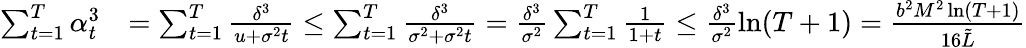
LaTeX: \begin{array}{rl}{\sum_{t=1}^{T}\alpha_{t}^{3}}&{=\sum_{t=1}^{T}\frac{\delta^{3}}{u+\sigma^{2}t}\leq\sum_{t=1}^{T}\frac{\delta^{3}}{\sigma^{2}+\sigma^{2}t}=\frac{\delta^{3}}{\sigma^{2}}\sum_{t=1}^{T}\frac{1}{1+t}\leq\frac{\delta^{3}}{\sigma^{2}}\ln(T+1)=\frac{b^{2}M^{2}\ln(T+1)}{16\tilde{L}}}\end{array}